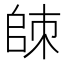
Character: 𰀮